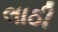
લાઠી